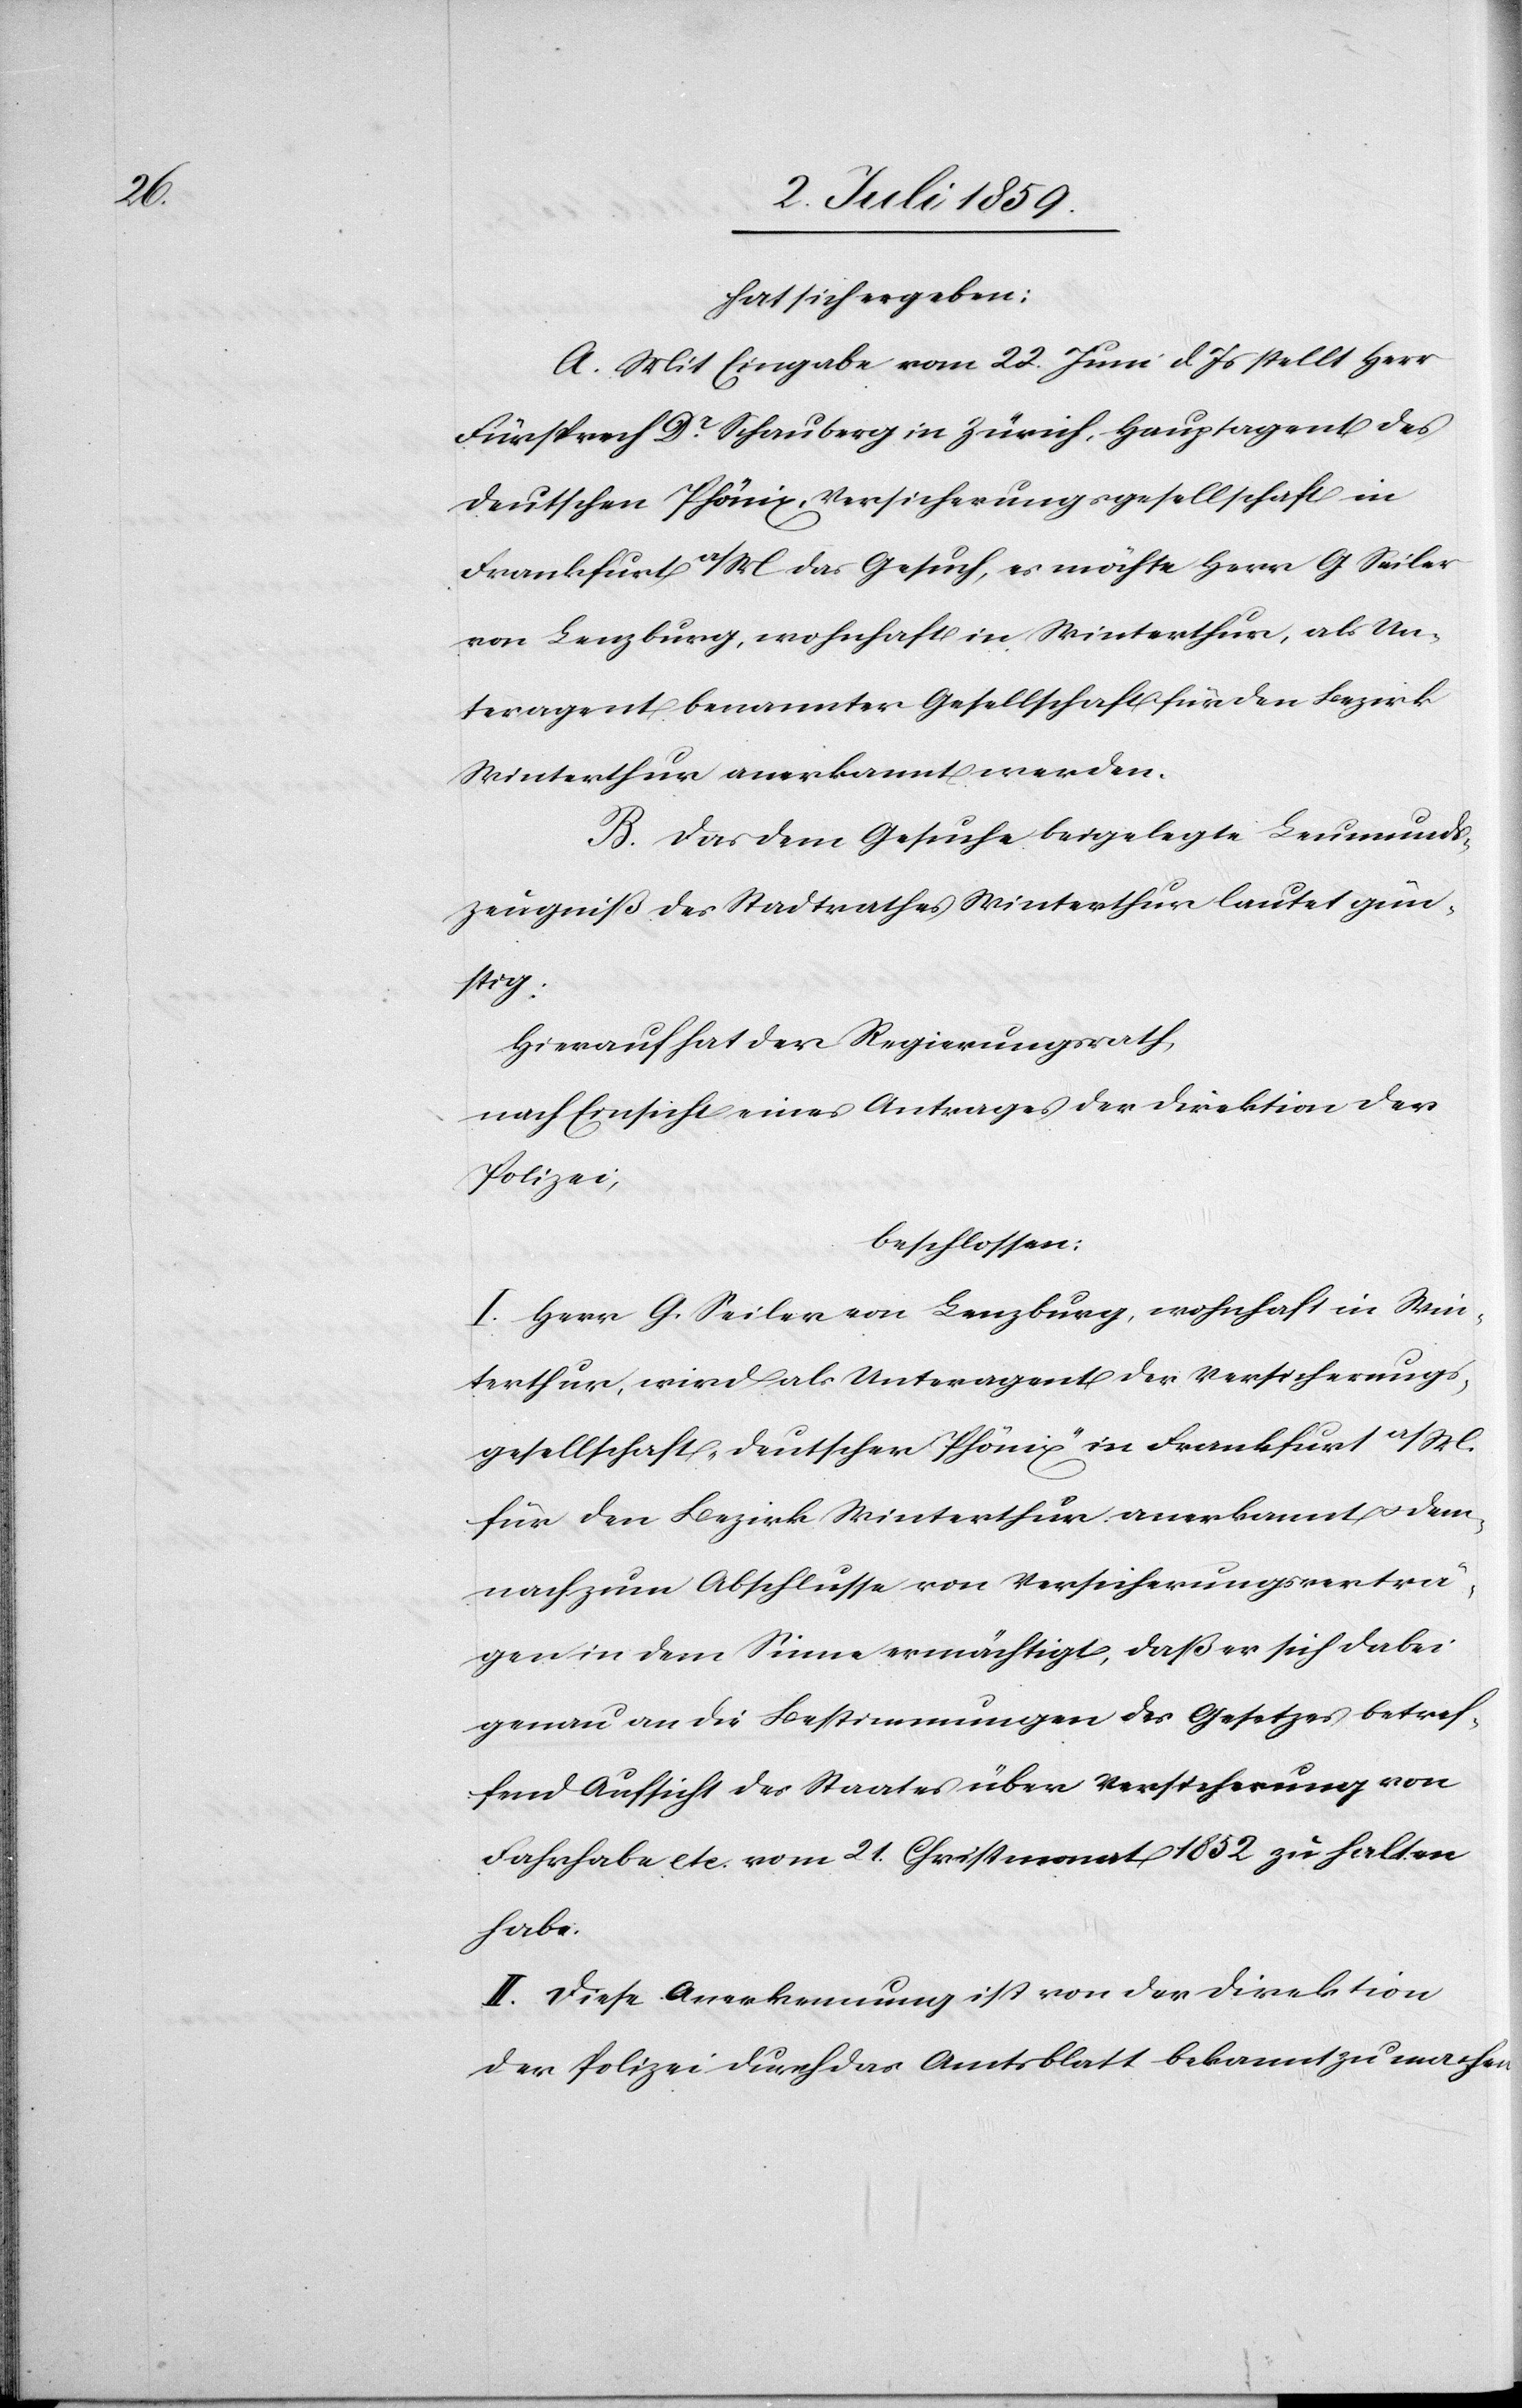
hat sich ergeben:
A. Mit Eingabe vom 22. Juni d. Js stellt Herr
Fürsprech Dr Schauberg in Zürich, Hauptagent des
deutschen Phönix, Versicherungsgesellschaft in
Frankfurt a/M das Gesuch, es möchte Herr G. Seiler
von Lenzburg, wohnhaft in Winterthur, als Un¬
teragent benannter Gesellschaft für den Bezirk
Winterthur anerkannt werden.
B. Das dem Gesuche beigelegte Leumunds¬
zeugniß des Stadtrathes Winterthur lautet gün¬
stig;
Hierauf hat der Regierungsrath,
nach Einsicht eines Antrages der Direktion der
Polizei,
beschlossen.
I. Herr G. Seiler von Lenzburg, wohnhaft in Win¬
terthur, wird als Unteragent der Versicherungs¬
gesellschaft „deutscher Phönix“ in Frankfurt a/M
für den Bezirk Winterthur anerkannt u. dem¬
nach zum Abschlusse von Versicherungsverträ¬
gen in dem Sinne ermächtigt, daß er sich dabei
genau an die Bestimmungen des Gesetzes betref¬
fend Aufsicht des Staates über Versicherung von
Fahrhabe etc. vom 21. Christmonat 1852 zu halten
habe.
II. Diese Anerkennung ist von der Direktion
der Polizei durch das Amtsblatt bekannt zu machen.